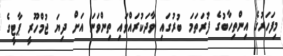
މިފަހަރުގެ އިންތިހާބުގެ ފުރަތަމަ ބުރުގައި ވާދަކުރައްވައި ތިންވަނަ އަށް ދިޔަ ޖުމްހޫރީ ޕާޓީގެ